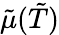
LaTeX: {\tilde{\mu}}({\tilde{T}})